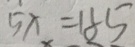
5 x = 1 8 5